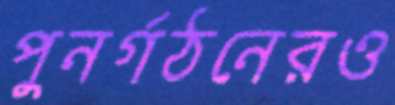
পুনর্গঠনেরও